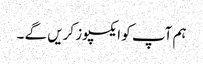
ہم آپ کو ایکسپوز کریں گے ۔